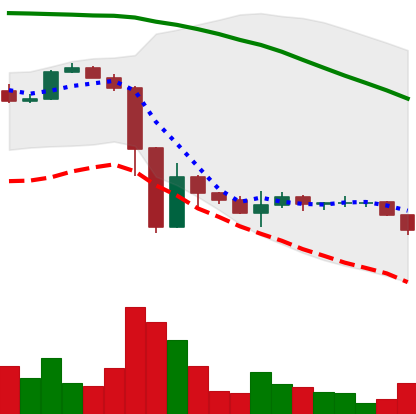
Ticker: BTC-USD
Chart end date: 2022-11-21
Forward return: 4.288%
Label: up_3_5